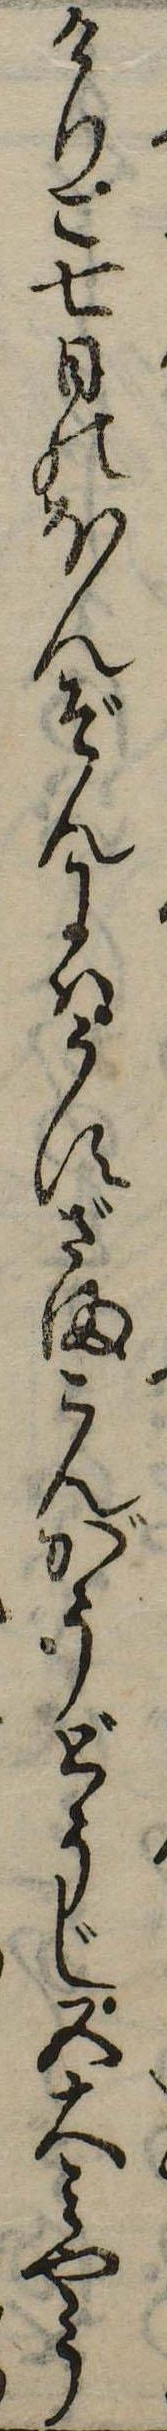
けりこ七日のほんぞんにはうすざまこんがうどうじ五大みやう